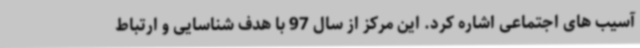
آسیب های اجتماعی اشاره کرد. این مرکز از سال 97 با هدف شناسایی و ارتباط